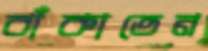
বাঁকাতেন